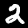
Label: 2